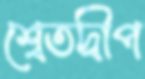
শ্বেতদ্বীপ